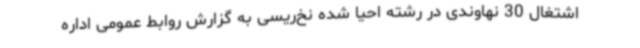
اشتغال 30 نهاوندی در رشته احیا شده نخ‌ریسی به گزارش روابط عمومی اداره